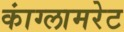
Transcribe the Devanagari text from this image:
कांग्लामरेट